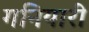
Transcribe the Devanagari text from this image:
गनियारी